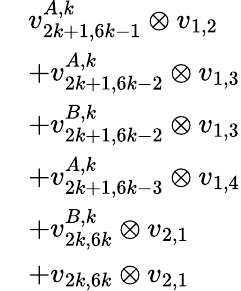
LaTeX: \begin{array}{rl}&{v_{2k+1,6k-1}^{A,k}\otimes v_{1,2}}\\ &{+v_{2k+1,6k-2}^{A,k}\otimes v_{1,3}}\\ &{+v_{2k+1,6k-2}^{B,k}\otimes v_{1,3}}\\ &{+v_{2k+1,6k-3}^{A,k}\otimes v_{1,4}}\\ &{+v_{2k,6k}^{B,k}\otimes v_{2,1}}\\ &{+v_{2k,6k}\otimes v_{2,1}}\end{array}